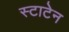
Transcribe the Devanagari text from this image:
स्टाटेन